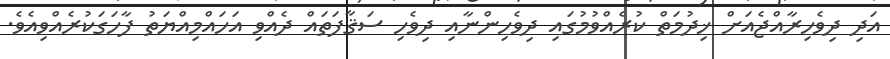
އަދި ދިވެހިރާއްޖެއަށް ޚިދުމަތް ކުރެއްވުމުގައި ދިވެހިންނާއި ދިވެހި ސަޤާފަތައް ދެއްވި އަހައްމިއްޔަތު ފާހަގަކުރެއްވިއެވެ.